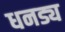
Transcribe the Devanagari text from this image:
धनड्य